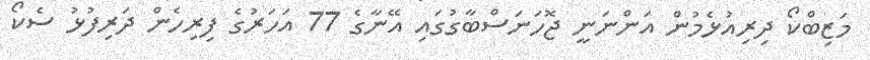
މަޒިބްކޯ ދިރިއުޅެމުން އަންނަނީ ޖޮހަނަސްބާގުގައި އޭނާގެ 77 އަހަރުގެ ފިރިހެން ދަރިފުޅު ސެކޯ